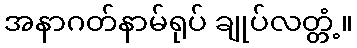
အနာဂတ်နာမ်ရုပ် ချုပ်လတ္တံ့။